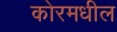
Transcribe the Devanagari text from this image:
कोरमधील